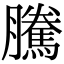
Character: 騰